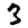
Digit: 3